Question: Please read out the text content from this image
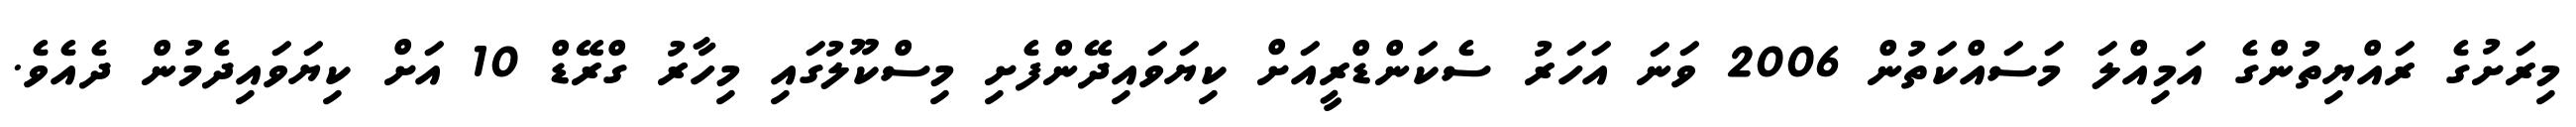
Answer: މިރަށުގެ ރައްޔިތުންގެ އަމިއްލަ މަސައްކަތުން 2006 ވަނަ އަހަރު ސެކަންޑްރީއަށް ކިޔަވައިދޭންފެށި މިސްކޫލުގައި މިހާރު ގްރޭޑް 10 އަށް ކިޔަވައިދެމުން ދެއެވެ.